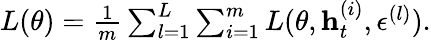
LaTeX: \begin{array}{r}{L(\theta)=\frac{1}{m}\sum_{l=1}^{L}\sum_{i=1}^{m}L(\theta,\mathbf{h}_{t}^{(i)},\epsilon^{(l)}).}\end{array}